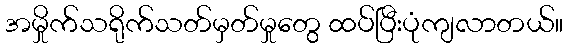
အမှိုက်သရိုက်သတ်မှတ်မှုတွေ ထပ်ပြီးပုံကျလာတယ်။